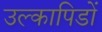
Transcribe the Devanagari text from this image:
उल्कापिडों